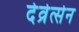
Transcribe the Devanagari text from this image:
देव्रेत्सेन